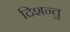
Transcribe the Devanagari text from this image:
दिशन्तु